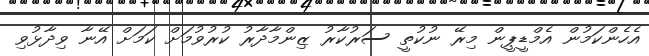
އެހެންކަމުން އެމްޑީޕީން މިރޭ ނުކުތީ ސަރުކާރު ޒިންމާދާރު ކުރުވުމަށް ކަމަށް އޭނާ ވިދާޅުވި